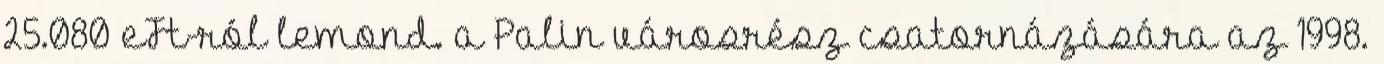
25.080 eFt-ról lemond. a Palin városrész csatornázására az 1998.